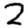
Digit: 2